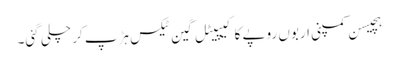
ہچیسن کمپنی اربوں روپے کا کیپیٹل گین ٹیکس ہڑپ کر چلی گئی۔